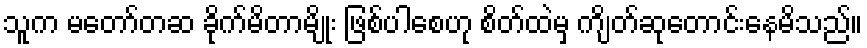
သူက မတော်တဆ ခိုက်မိတာမျိုး ဖြစ်ပါစေဟု စိတ်ထဲမှ ကျိတ်ဆုတောင်းနေမိသည်။